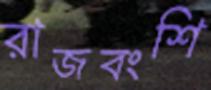
রাজবংশি